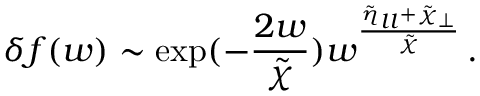
\delta f ( w ) \sim \exp ( - \frac { 2 w } { \tilde { \chi } } ) w ^ { \frac { \tilde { \eta } _ { l l } + \tilde { \chi } _ { \perp } } { \tilde { \chi } } } \, .